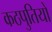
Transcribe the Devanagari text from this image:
कठपुतियों